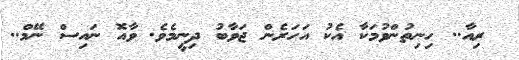
ރިއާ.. ހިނިތުންވުމަކާ އެކު އަހަރެން ޖަވާބު ދިނީމެވެ. ވާއޮ ނައިސް ނޭމް..